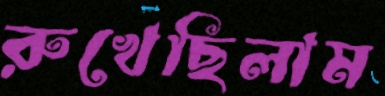
রুখেছিলাম